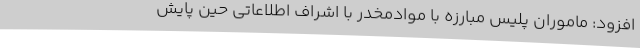
افزود: ماموران پلیس مبارزه با موادمخدر با اشراف اطلاعاتی حین پایش